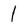
Character: 1